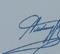
Signature authenticity: genuine